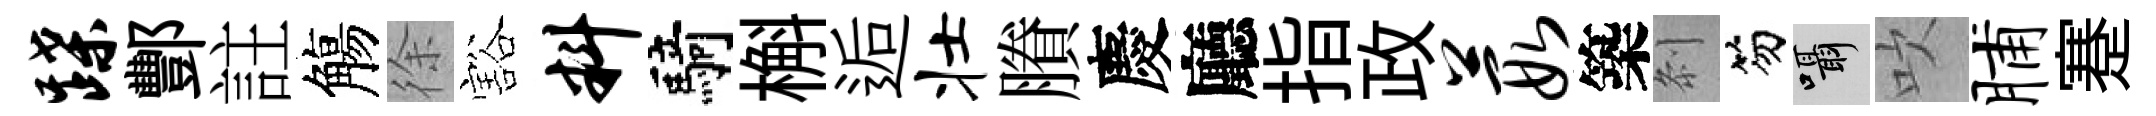
蹀酆註觴徐豁料騎槲逅壮賸慶廳指政葭築𠛴笏囁吹脯蹇